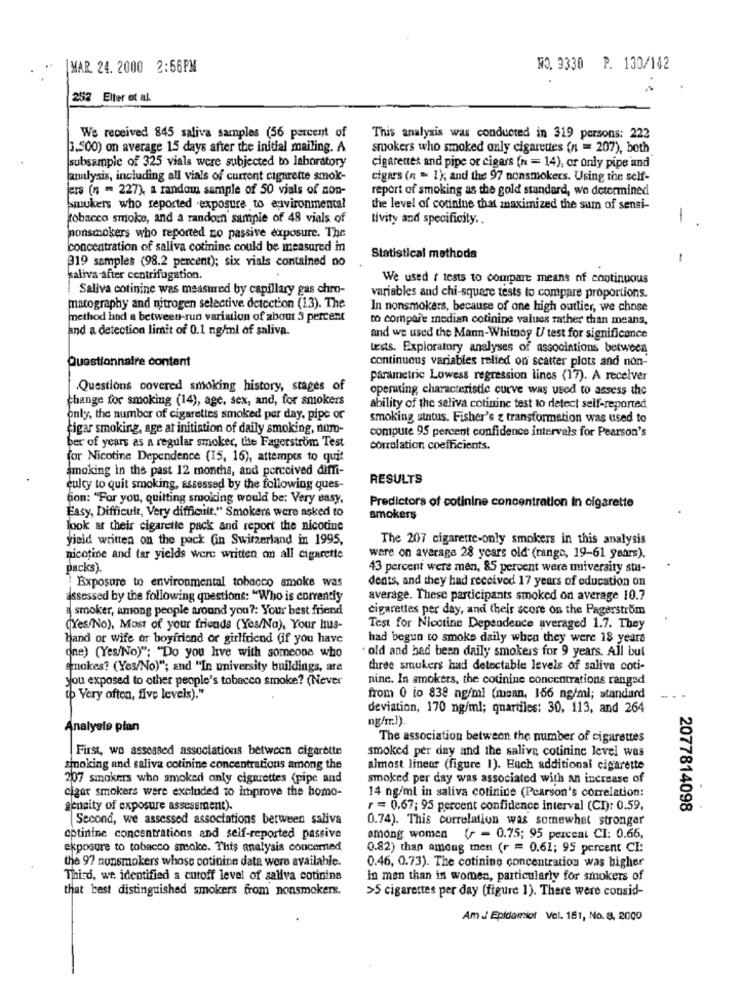
|MAR. 24. 2000 2:56PM
NO. 9330 P. 130/142
. .
252 Elter ot al.
We received 845 saliva samples (56 percent of
This analysis was conducted in 319 persons: 222
1.500) on average 15 days after the initial mailing. A
sruokers who smoked only cigarettes (n = 207), both
subsample of 325 vials were subjected to laboratory
cigarettes and pipe or cigars (n = 14), or only pipe and
lanalysis, including all vials of current cigarette smok-
cigars (n = 1); and the 97 nonsmokers. Using the self-
jers (n = 227), a random sample of 50 vials of non-
report of smoking as the gold standard, we determined
Smukers who reported .exposure to environmental
the level of corinine that maximized the sum of sensi-
tobacco smoke, and a random sample of 48 vials of
tivity and specificity ..
-
nonsmokers who reported no passive exposure. The
concentration of saliva cotinine could be measured in
319 samples (98.2 percent); six vials contained no
Statistical methods
-
kaliva -after centrifugation.
We used f tests to compare means of continuous
Saliva cotinine was measured by capillary gas chro-
variables and chi-square tests to compare proportions.
matography and nitrogen selective detection (13). The
In nonsmokers, because of one high outlier, we chose
method had a between-run variation of about 5 percent
to compare median cotinine values rather than means,
and a detection limit of 0.1 ng/ml of saliva.
and we used the Mann-Whitney U test for significance
tests. Exploratory analyses of associations between
Questionnaire content
continuous variables relied on scatter plots and non-
parametric Lowess regression lines (17). A receiver
.Questions covered smoking history, stages of
operating characteristic curve was used to assess the
change for smoking (14), age, sex, and, for smokers
ability of the saliva cotinine test to detect self-reported
only, the number of cigarettes smoked per day, pipe or
smoking status. Fisher's z transformation was used to
cigar smoking, age at initiation of daily smoking, noro-
compute 95 percent confidence intervals for Pearson's
ber of years as a regular smoker, tite Fagerström Test
correlation coefficients.
for Nicotine Dependence (15, 16), attempts to quit
smoking in the past 12 months, and perceived diffi-
RESULTS
eulcy to quit smoking, assessed by the following ques-
Gion: "For you, quitting smoking would be; Very easy,
Easy, Difficult, Very difficult." Smokers were asked to
Predictors of cotinine concentration in cigarette
smokers
look at their cigarette pack and report the nicodine
yield written on the pack (in Switzerland in 1995,
The 207 cigarette-only smokers in this analysis
nicotine and tar yields were written on all cigarette
were on average 28 years old (range, 19-61 years).
packs).
43 percent were men, 85 percent were university stu-
dents, and they had received 17 years of education on
Exposure to environmental tobacco smoke was
assessed by the following questions: "Who is currently
average. These participants smoked on average 10.7
E smoker, among people around you ?: Your best friend
cigarettes per day, and their score on the Pagerstrom
(Yes/No), Most of your friends (Yes/Na), Your hus-
Test for Nicotine Dependence averaged 1.7. They
Hand or wife or boyfriend or girlfriend (if you have
had begun to smoke daily when they were 18 years
old and had been daily smokers for 9 years. All but
one) (Yes/No)": "Do you live with someone who
smokes? (Yes/No)"; and "In university buildings, are
three smokers had detectable levels of saliva coti-
you exposed to other people's tobacco smoke? (Never
nine. In smokers, the counine concentrations ranged
to Very often, five levels)."
from 0 to 838 ng/ml (msan, 156 ng/ml; standard
deviation, 170 ng/ml; quartiles: 30, 113, and 264
ng/mr.3)
Analysle plan
The association between the number of cigarettes
First, wo assessed associations between cigarette
smoked per day and the saliva cotinine level was
smoking and saliva cotinine concentrations among the
almost lineer (figure 1). Each additional cigarette
207 smokers who smoked only cigarettes (pipe and
smoked per day was associated with an increase of
cigar smokers were excluded to improve the homo-
14 ng/ml in saliva cotinice (Pcarson's correlation:
geneity of exposure assessment).
r = 0,67; 95 percent confidence interval (CI): 0.59.
2077814098
Second, we assessed associations between saliva
0.74). This correlation was somewhat stronger
optinine concentrations and self-reported passive
among women (r - 0.75; 95 percent CI: 0.66,
exposure to tobacco smoke. This analysis concerned
0.82) than among men (r = 0.61; 95 percent CI:
the 97 nonsmokers whose cotinine data were available.
0.46, 0.73). The cotinine concentration was higher
Third, we identified a cutoff level of saliva cotinine
in men than in women, particularly for smokers of
that best distinguished smokers from nonsmokers.
>5 cigarettes per day (figure 1). There were consid-
Am _ Epidemiol Vol. 161, No. 8. 2000